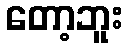
တော့ဘူး